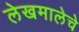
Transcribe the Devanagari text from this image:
लेखमालेचे